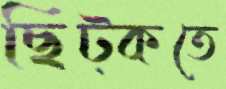
ছিট্‌কতে